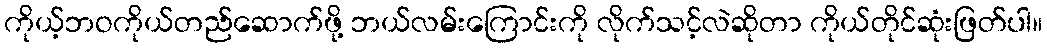
ကိုယ့်ဘဝကိုယ်တည်ဆောက်ဖို့ ဘယ်လမ်းကြောင်းကို လိုက်သင့်လဲဆိုတာ ကိုယ်တိုင်ဆုံးဖြတ်ပါ။